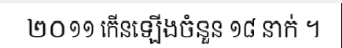
២០១១ កើនឡើងចំនួន ១៨ នាក់ ។